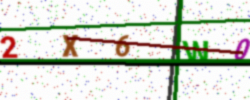
Text: 2X6W0